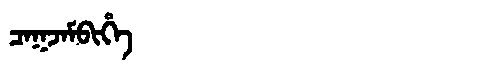
Manchu: ᠴᠠᡴᠵᠠᠮᠪᡳᡥᡝ
Romanization: CAKJAMBIHE